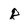
Character: r